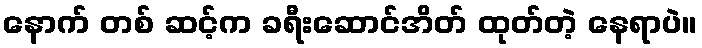
နောက် တစ် ဆင့်က ခရီးဆောင်အိတ် ထုတ်တဲ့ နေရာပဲ။